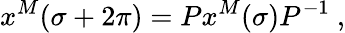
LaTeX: x^{M}(\sigma+2\pi)=Px^{M}(\sigma)P^{-1}~,